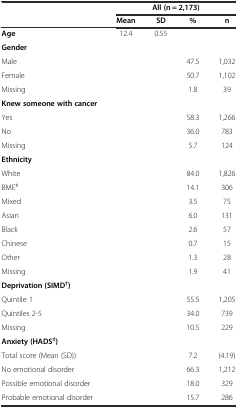
|  | <COLSPAN=4> All (n = 2,173) |
 |  | Mean | SD | % | n |
 | --- | --- | --- | --- | --- |
 | Age | 12.4 | 0.55 |  |  |
 | Gender |  |  |  |  |
 | Male |  |  | 47.5 | 1,032 |
 | Female |  |  | 50.7 | 1,102 |
 | Missing |  |  | 1.8 | 39 |
 | Knew someone with cancer |  |  |  |  |
 | Yes |  |  | 58.3 | 1,266 |
 | No |  |  | 36.0 | 783 |
 | Missing |  |  | 5.7 | 124 |
 | Ethnicity |  |  |  |  |
 | White |  |  | 84.0 | 1,826 |
 | BME# |  |  | 14.1 | 306 |
 | Mixed |  |  | 3.5 | 75 |
 | Asian |  |  | 6.0 | 131 |
 | Black |  |  | 2.6 | 57 |
 | Chinese |  |  | 0.7 | 15 |
 | Other |  |  | 1.3 | 28 |
 | Missing |  |  | 1.9 | 41 |
 | Deprivation (SIMD†) |  |  |  |  |
 | Quintile 1 |  |  | 55.5 | 1,205 |
 | Quintiles 2-5 |  |  | 34.0 | 739 |
 | Missing |  |  | 10.5 | 229 |
 | Anxiety (HADS‡) |  |  |  |  |
 | Total score (Mean (SD)) |  |  | 7.2 | (4.19) |
 | No emotional disorder |  |  | 66.3 | 1,212 |
 | Possible emotional disorder |  |  | 18.0 | 329 |
 | Probable emotional disorder |  |  | 15.7 | 286 |